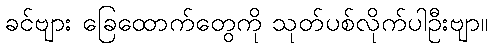
ခင်ဗျား ခြေထောက်တွေကို သုတ်ပစ်လိုက်ပါဦးဗျာ။